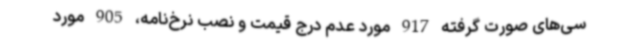
سی‌های صورت گرفته 917 مورد عدم درج قیمت و نصب نرخ‌نامه، 905 مورد